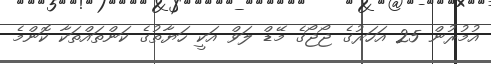
އުމުރުން 25 އަހަރުގެ ޖޯޖޯގެ މޭޑް ލަވް އަކީ ހަޔާތުގެ ކަންތައްތަކާ ކޮންމެ